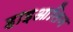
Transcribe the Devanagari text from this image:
हाइआलिन